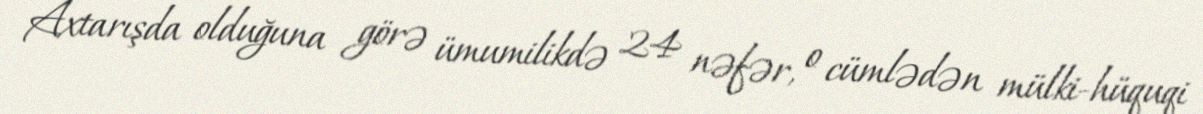
Axtarışda olduğuna görə ümumilikdə 24 nəfər, o cümlədən mülki-hüquqi